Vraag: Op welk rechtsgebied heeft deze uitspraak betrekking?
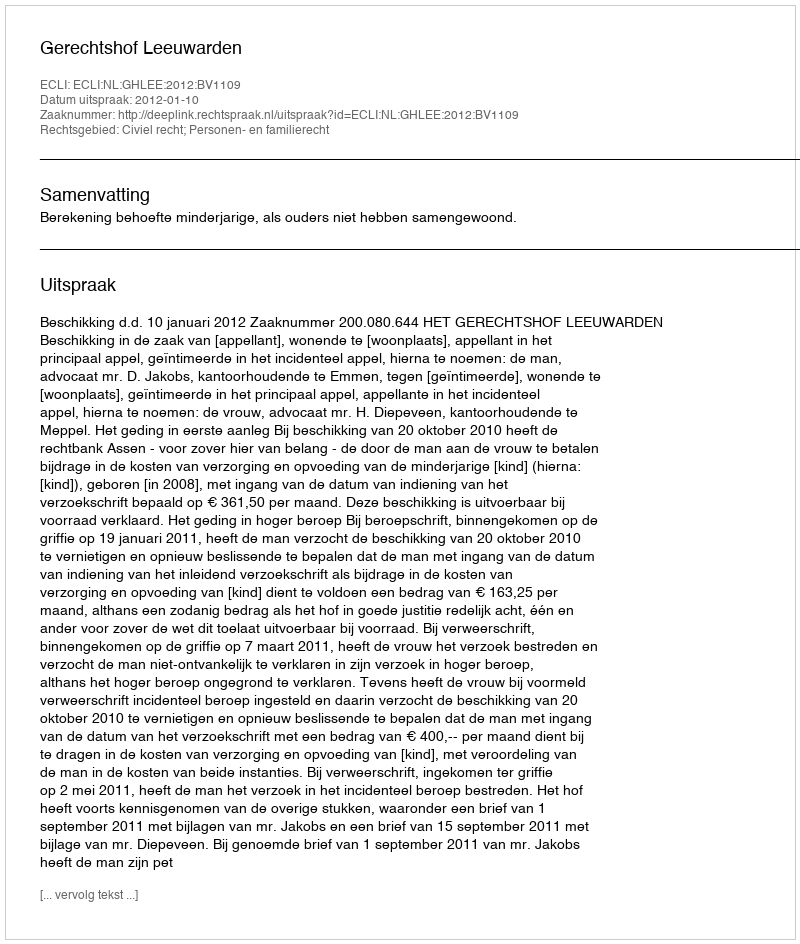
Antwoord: Civiel recht; Personen- en familierecht